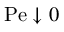
\mathrm { P e } \downarrow 0